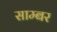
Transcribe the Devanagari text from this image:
साम्बर